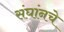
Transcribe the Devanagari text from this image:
संघांनचे